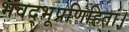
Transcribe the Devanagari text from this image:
भवद्भूप्रणिहितां।